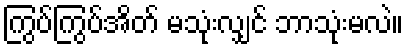
ကြွပ်ကြွပ်အိတ် မသုံးလျှင် ဘာသုံးမလဲ။